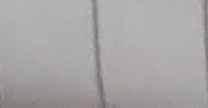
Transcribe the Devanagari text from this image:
नाडी परीक्षण, रोग लक्षण,
आहार, जीवनशैली,
औषधी र प्राकृतिक
उपचार विधि,
योग, ध्यान, मन्त्र,
यज्ञ, आसन
आदि स्वास्थ्य सुधार
गर्न सकिने
उपायहरु तथा
युरिक एसिड,
शुगर, क्यान्सर,
पार्किन्सन, मिर्गौला,
मुटु सम्बन्धि
रोगहरूको बारेमा
विस्तृत अध्ययन
गर्नु हो।